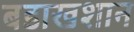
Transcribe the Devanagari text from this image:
बडाखशान